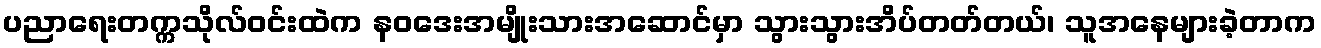
ပညာရေးတက္ကသိုလ်ဝင်းထဲက နဝဒေးအမျိုးသားအဆောင်မှာ သွားသွားအိပ်တတ်တယ်၊ သူအနေများခဲ့တာက